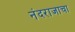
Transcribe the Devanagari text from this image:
नंदराजाचा